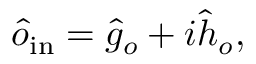
\begin{array} { r } { \hat { o } _ { \mathrm { i n } } = \hat { g } _ { o } + i \hat { h } _ { o } , } \end{array}